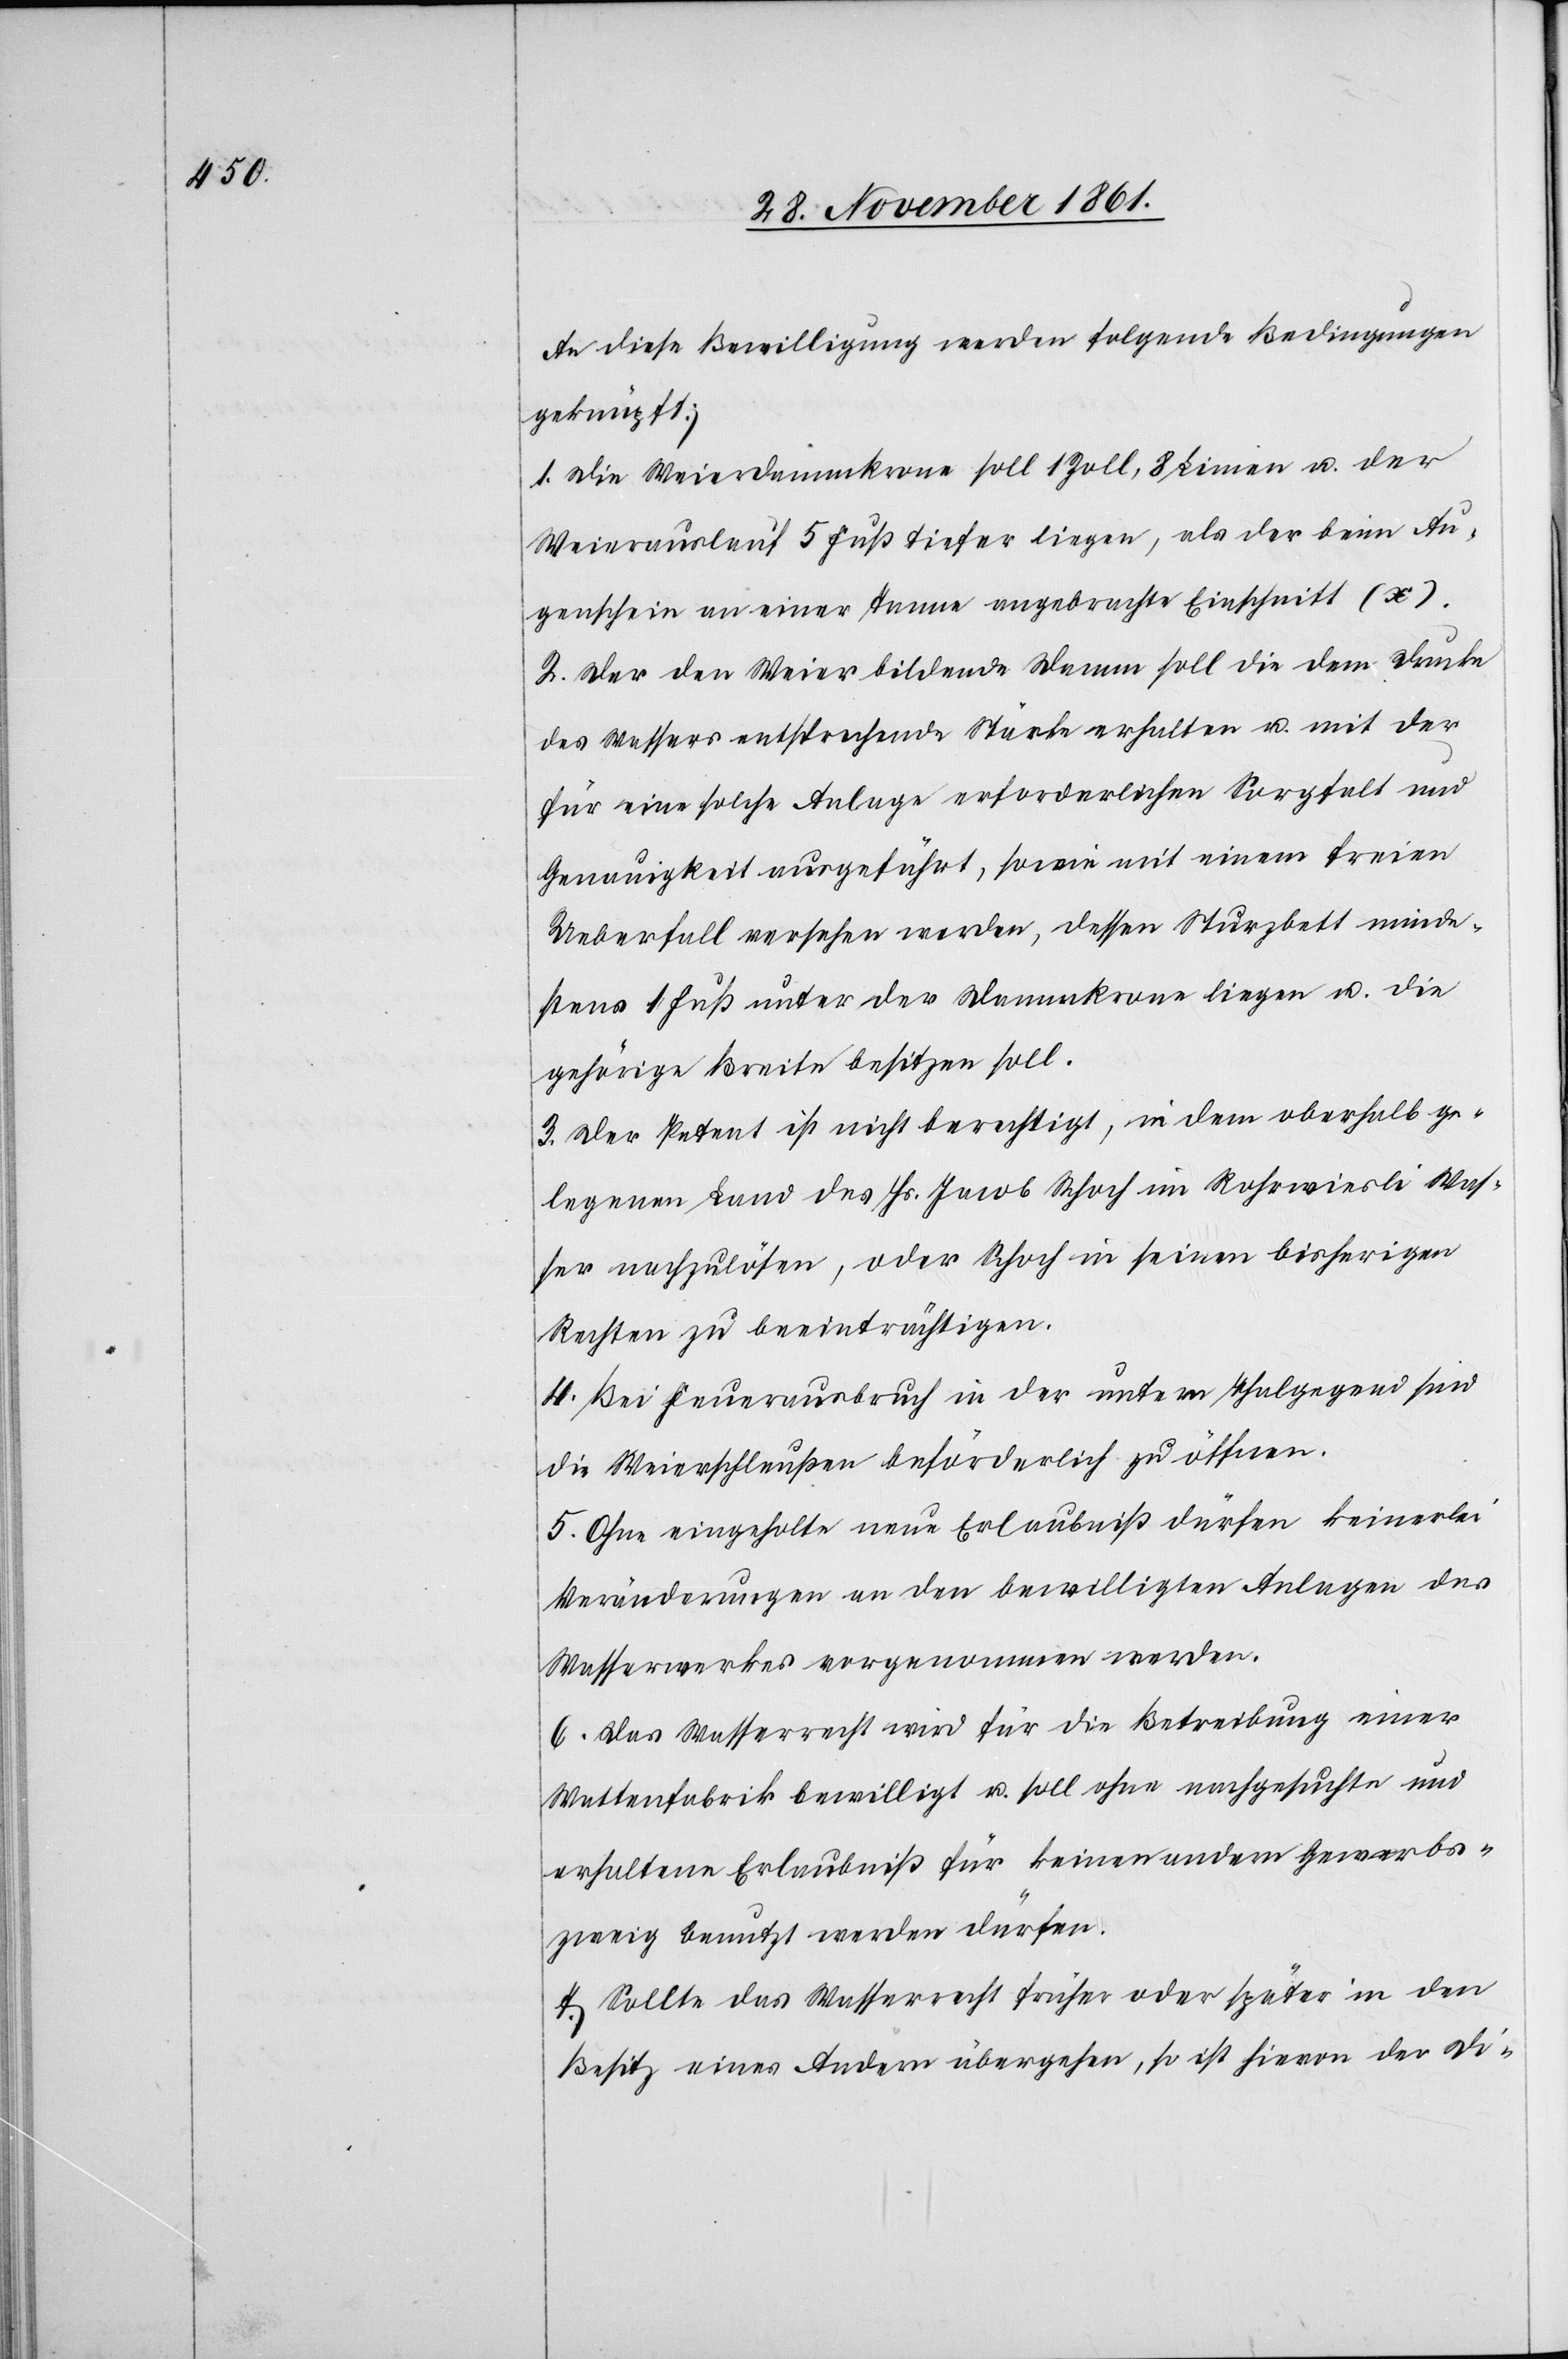
An diese Bewilligung werden folgende Bedingungen
geknüpft;
1. Die Weierdammkrone soll 1 Zoll, 8 Linien u. der
Weierauslauf 5 Fuß tiefer liegen, als der beim Au¬
genschein an einer Tanne angebrachte Einschnitt (x).
2. Der den Weier bildende Damm soll die dem Drucke
des Wassers entsprechende Stärke erhalten u. mit der
für eine solche Anlage erforderlichen Sorgfalt und
Genauigkeit ausgeführt, sowie mit einem freien
Ueberfall versehen werden, dessen Sturzbett minde¬
stens 1 Fuß unter der Dammkrone liegen u. die
gehörige Breite besitzen soll.
3. Der Petent ist nicht berechtigt, in dem oberhalb ge¬
legenen Land des Hs. Jacob Schoch im Rohrwiesli Was¬
ser nachzulösen, oder Schoch in seinen bisherigen
Rechten zu beeinträchtigen.
4. Bei Feuerausbruch in der untern Thalgegend sind
die Weierschleußen beförderlich zu öffnen.
5. Ohne eingeholte neue Erlaubniß dürfen keinerlei
Veränderungen an den bewilligten Anlagen des
Wasserwerkes vorgenommen werden.
6. Das Wasserrecht wird für die Betreibung einer
Wattenfabrik bewilligt u. soll ohne nachgesuchte und
erhaltene Erlaubniß für keinen andern Gewerbs¬
zweig benutzt werden dürfen.
7. Sollte das Wasserrecht früher oder später in den
Besitz eines Andern übergehen, so ist hievon der Di-